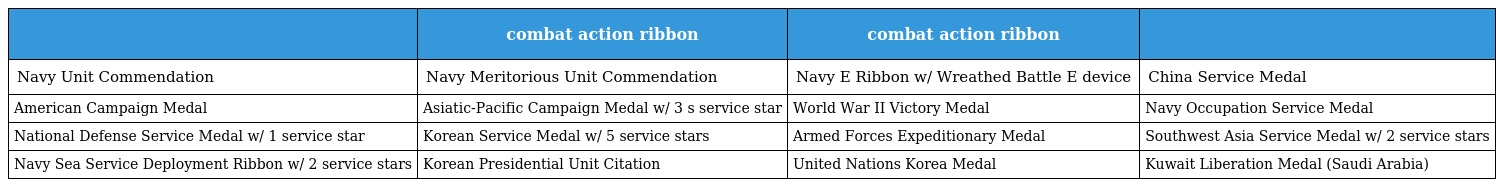
|  | combat action ribbon | combat action ribbon |  |
 | --- | --- | --- | --- |
 | Navy Unit Commendation | Navy Meritorious Unit Commendation | Navy E Ribbon w/ Wreathed Battle E device | China Service Medal |
 | American Campaign Medal | Asiatic-Pacific Campaign Medal w/ 3 s service star | World War II Victory Medal | Navy Occupation Service Medal |
 | National Defense Service Medal w/ 1 service star | Korean Service Medal w/ 5 service stars | Armed Forces Expeditionary Medal | Southwest Asia Service Medal w/ 2 service stars |
 | Navy Sea Service Deployment Ribbon w/ 2 service stars | Korean Presidential Unit Citation | United Nations Korea Medal | Kuwait Liberation Medal (Saudi Arabia) |